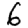
Digit: 6